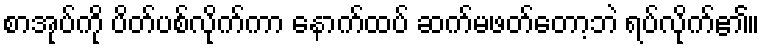
စာအုပ်ကို ပိတ်ပစ်လိုက်ကာ နောက်ထပ် ဆက်မဖတ်တော့ဘဲ ရပ်လိုက်၏။